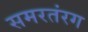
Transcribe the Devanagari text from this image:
समरतंरग